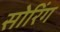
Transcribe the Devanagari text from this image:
सोरिंग